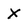
Character: x